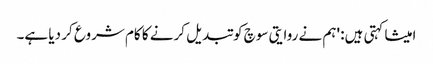
امیشا کہتی ہیں: 'ہم نے روایتی سوچ کو تبدیل کرنے کا کام شروع کر دیا ہے۔